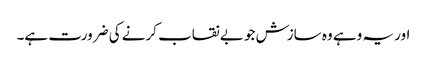
اور یہ وہے وہ سازش جو بے نقاب کرنے کی ضرورت ہے۔